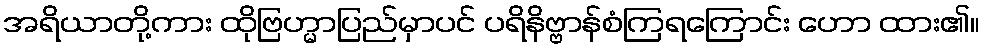
အရိယာတို့ကား ထိုဗြဟ္မာပြည်မှာပင် ပရိနိဗ္ဗာန်စံကြရကြောင်း ဟော ထား၏။